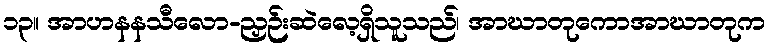
၁၃။ အာဟနနသီလော-ညှဉ်းဆဲလေ့ရှိသူသည်၊ အာဃာတုကောအာဃာတုက